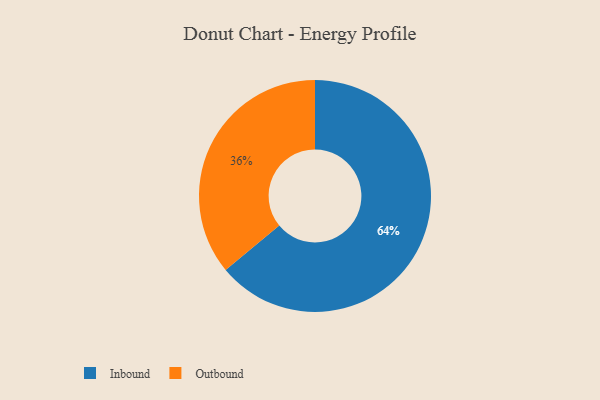
{"axis": {"x": "Category", "y": "Percentage"}, "legend": ["Inbound", "Outbound"], "data": [{"x": "Outbound", "y": 36, "type": "Outbound"}, {"x": "Inbound", "y": 64, "type": "Inbound"}]}